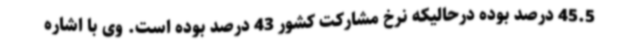
45.5 درصد بوده درحالیکه نرخ مشارکت کشور 43 درصد بوده است. وی با اشاره